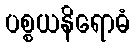
ပစ္စယနိရောဓံ